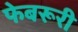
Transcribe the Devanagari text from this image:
फेबरूरी